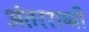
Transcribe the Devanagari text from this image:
अंतरराष्ट्री